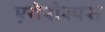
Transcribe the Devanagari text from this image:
एयेरोस्पस